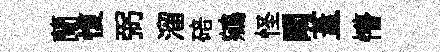
蘭愎弼溜碚鵷怪闚蓋懵